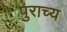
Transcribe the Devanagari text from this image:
पुराच्य